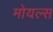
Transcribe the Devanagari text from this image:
मोयल्स